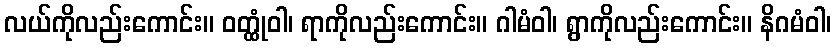
လယ်ကိုလည်းကောင်း။ ဝတ္ထုံဝါ၊ ရာကိုလည်းကောင်း။ ဂါမံဝါ၊ ရွာကိုလည်းကောင်း။ နိဂမံဝါ၊